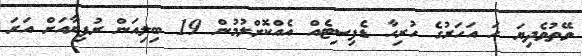
ވޭތުވެދިޔަ ހަ އަހަރުގެ ހުރިހާ ޑެފިސިޓެއް އެއްކޮށްލުމުން 19 ބިލިއަން ރުފިޔާއަށް އަރަ